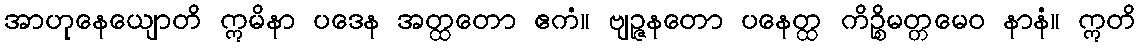
အာဟုနေယျောတိ ဣမိနာ ပဒေန အတ္ထတော ဧကံ။ ဗျဉ္ဇနတော ပနေတ္ထ ကိဉ္စိမတ္တမေဝ နာနံ။ ဣတိ